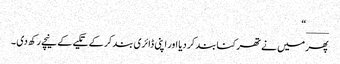
____“
پھر میں نے تھرکنا بند کر دیا اور اپنی ڈائری بند کر کے تکیے کے نیچے رکھ دی ۔